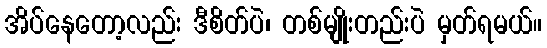
အိပ်နေတော့လည်း ဒီစိတ်ပဲ၊ တစ်မျိုးတည်းပဲ မှတ်ရမယ်။